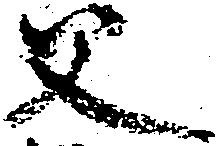
父